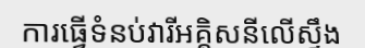
ការធ្វើទំនប់វារីអគ្គិសនីលើស្ទឹង